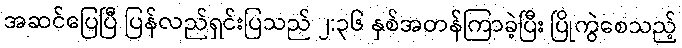
အဆင်ပြေပြီ ပြန်လည်ရှင်းပြသည် ၂:၃၆ နှစ်အတန်ကြာခဲ့ပြီး ပြိုကွဲစေသည့်